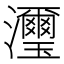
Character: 𤄽